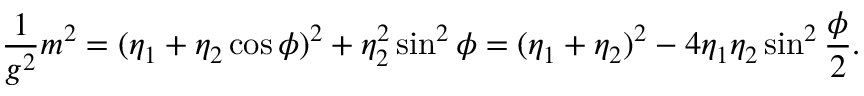
\frac { 1 } { g ^ { 2 } } m ^ { 2 } = ( \eta _ { 1 } + \eta _ { 2 } \cos \phi ) ^ { 2 } + \eta _ { 2 } ^ { 2 } \sin ^ { 2 } \phi = ( \eta _ { 1 } + \eta _ { 2 } ) ^ { 2 } - 4 \eta _ { 1 } \eta _ { 2 } \sin ^ { 2 } \frac { \phi } { 2 } .